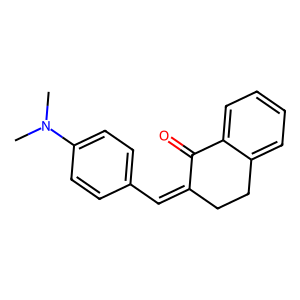
SMILES: CN(C)c1ccc(C=C2CCc3ccccc3C2=O)cc1
Inhibits HIV replication: No